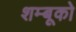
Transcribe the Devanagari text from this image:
शम्बूको